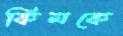
কিমকে